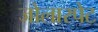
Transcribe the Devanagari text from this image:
जोलारपेट